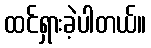
ထင်ရှားခဲ့ပါတယ်။